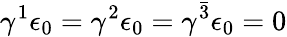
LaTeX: \gamma^{1}\epsilon_{0}=\gamma^{2}\epsilon_{0}=\gamma^{\bar{3}}\epsilon_{0}=0